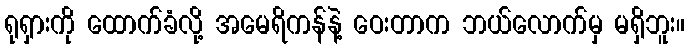
ရုရှားကို ထောက်ခံလို့ အမေရိကန်နဲ့ ဝေးတာက ဘယ်လောက်မှ မရှိဘူး။